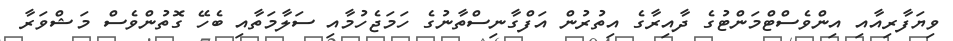
ވިޔަފާރިއާއި އިންވެސްޓްމަންޓުގެ ދާއިރާގެ އިތުރުން އަފްގާނިސްތާނުގެ ހަމަޖެހުމާއި ސަލާމަތާއި ބެހޭ ގޮތުންވެސް މަޝްވަރާ